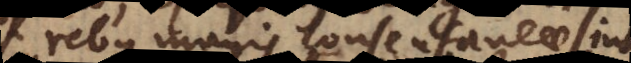
rebus magis consentaneae sint,